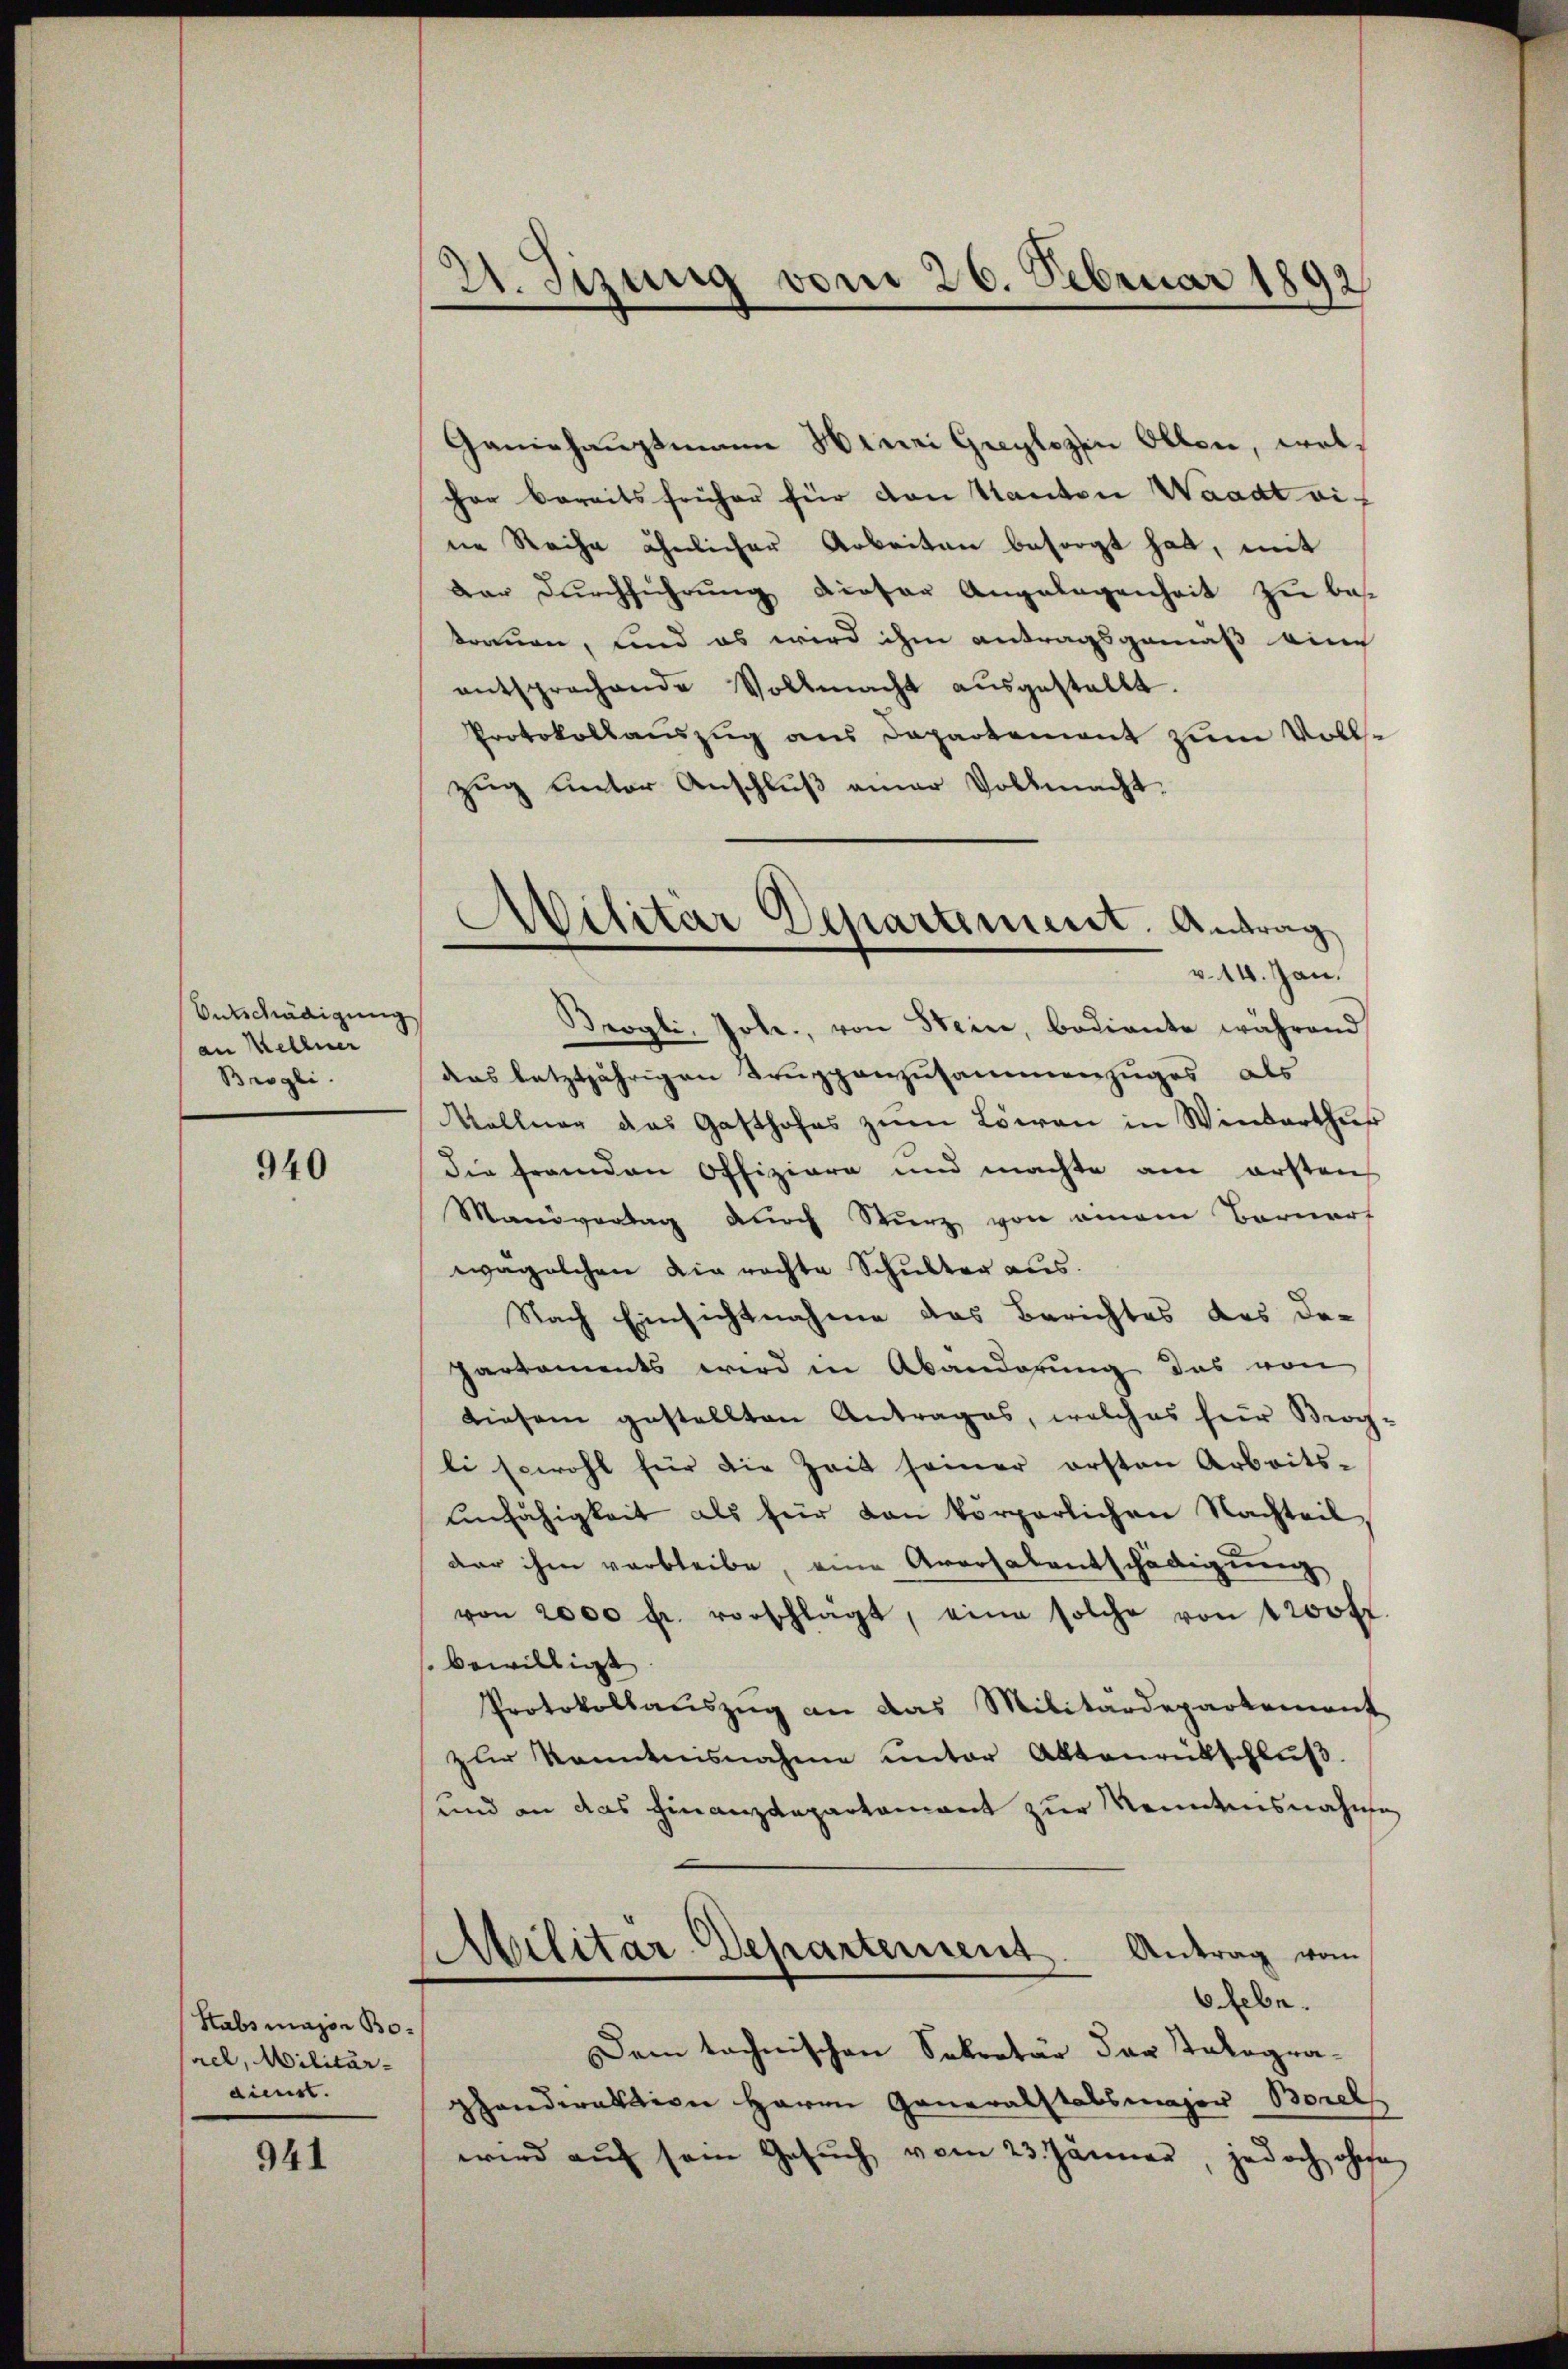
Entschädigung
an Kellner
Brogli.

940

Stabsmajor Boael, Militär-
dienst.

941

2. Jizung vom 26. Februar 1892

Ganiehauptmann Hinei Greylozin Olten, wolcher bereits früher für von Kanton Waadt eine Reihe ähnlicher Arbeiten besorgt hat, mit
dar Durchführung dieser Angelegenheit zu bekommen, sind es wird ihm antragsgemäß eine
entsprechende Vollmacht aŭsgestellt.
Protokollauszug aus Departement zum Vollse
zug unter Anschluß einer Vollmacht.
Brogli, Johe., von Stein, bediente während
das letztjährigen Truppenzusammenzuges als
Wellner das Gasthofes zum Löwen in Winterthu
die franden Offiziere und machte am ersten
Manövertag durch Sturz von einem Bernarf
wagelchen die rechte Schulter aus.
Nach Einsichtnahme des Berichtes des De-
Partements wird in Abänderung das von
diesem gestellten Antrages, welches hier Brog-
li sowohl für die Zeit seiner ersten Arbeits-
unfähigkeit als für von körperlichen Nachteil,
der ihm verbleibe, eine Aversalentschädigung
von 2000 fl. vorschlägt, eine solche von 1200 f
bewilligt
Protokollaŭszŭg an das Militärdepartement
zur kanntnisnahme unter Aktenrütschlŭβ
und an das Finanzdepartament zur Menntnisnahme
Militär-Departement. Antrag vom
6 febr.
Dem technischen Sekretär der Talogra-
phanderation Herrn Generalstabsmajor Borell
wird auf sein Gesuch vom 23. Jänner, jedoch ohne

Militar Departiment. Antrag
v. 14. Jan.